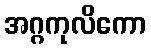
အဂ္ဂကုလိကော